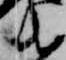
衛